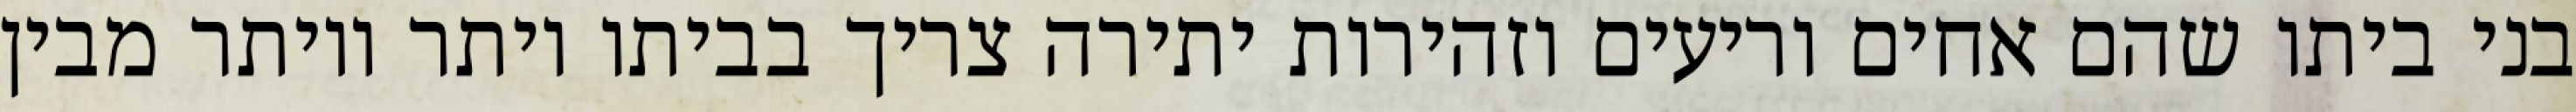
בני ביתו שהם אחים וריעים וזהירות יתירה צריך בביתו יותר ויותר מבין